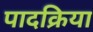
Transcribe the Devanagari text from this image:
पादक्रिया